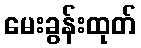
မေးခွန်းထုတ်